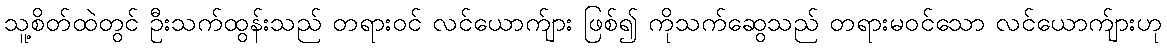
သူ့စိတ်ထဲတွင် ဦးသက်ထွန်းသည် တရားဝင် လင်ယောက်ျား ဖြစ်၍ ကိုသက်ဆွေသည် တရားမဝင်သော လင်ယောက်ျားဟု